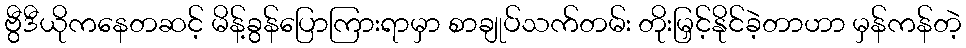
ဗွီဒီယိုကနေတဆင့် မိန့်ခွန်ပြောကြားရာမှာ စာချုပ်သက်တမ်း တိုးမြှင့်နိုင်ခဲ့တာဟာ မှန်ကန်တဲ့